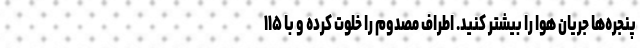
پنجره‌ها جریان هوا را بیشتر کنید. اطراف مصدوم را خلوت کرده و با ۱۱۵